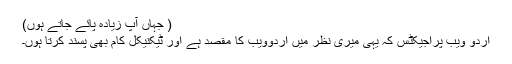
( جہاں آپ زیادہ پائے جاتے ہوں)
اردو ویب پراجیکٹس کہ یہی میری نظر میں اردوویب کا مقصد ہے اور ٹیکنیکل کام بھی پسند کرتا ہوں۔